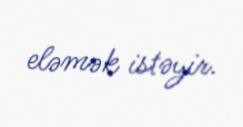
eləmək istəyir.